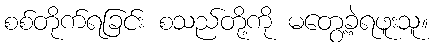
စစ်တိုက်ရခြင်း စသည်တို့ကို မတွေ့ခဲ့ရဖူးသူ။